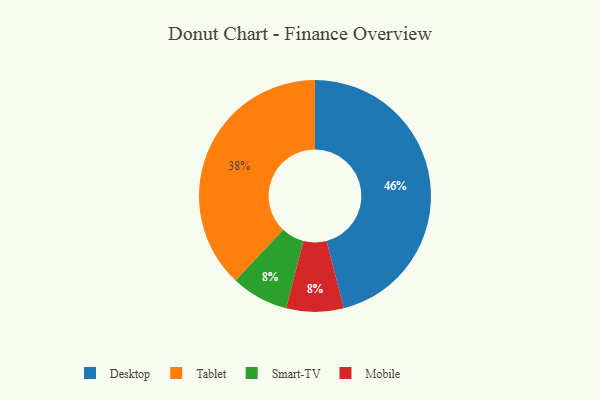
{"axis": {"x": "Category", "y": "Percentage"}, "legend": ["Desktop", "Mobile", "Smart-TV", "Tablet"], "data": [{"x": "Smart-TV", "y": 8, "type": "Smart-TV"}, {"x": "Mobile", "y": 8, "type": "Mobile"}, {"x": "Desktop", "y": 46, "type": "Desktop"}, {"x": "Tablet", "y": 38, "type": "Tablet"}]}